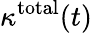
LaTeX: \kappa^{\mathrm{total}}(t)